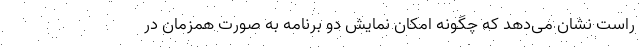
راست نشان می‌دهد که چگونه امکان نمایش دو برنامه به صورت همزمان در